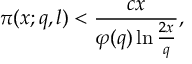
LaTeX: \pi ( x ; q , l ) < { \frac { c x } { \varphi ( q ) \ln { \frac { 2 x } { q } } } } ,